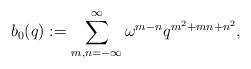
LaTeX: \begin{align*}b_0(q):=\sum^{\infty}_{m,n=-\infty}\omega^{m-n}q^{m^2+mn+n^2},\end{align*}